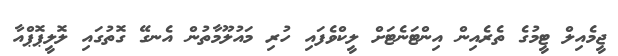
ޖީމެއިލް ޓީމުގެ ތެރެއިން އިންޓަނެޓަށް ލީކްވެފައި ހުރި މައުލޫމާތުން އެނގޭ ގޮތުގައި ލޮލީޕޮޕްއާ